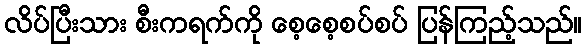
လိပ်ပြီးသား စီးကရက်ကို စေ့စေ့စပ်စပ် ပြန်ကြည့်သည်။